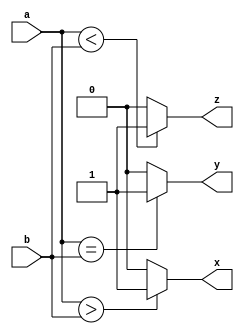
module comparator_4bit(a,b,x,y,z);

input [3:0] a,b;

output x,y,z;

wire x,y,z;

assign x = (a>b) ? 1'b1 : 1'b0;
assign y = (a==b) ? 1'b1 : 1'b0;
assign z = (a<b) ? 1'b1 : 1'b0;

endmodule